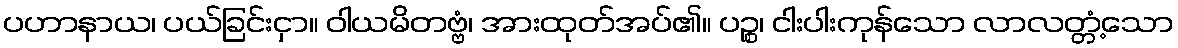
ပဟာနာယ၊ ပယ်ခြင်းငှာ။ ဝါယမိတဗ္ဗံ၊ အားထုတ်အပ်၏။ ပဉ္စ၊ ငါးပါးကုန်သော လာလတ္တံ့သော